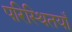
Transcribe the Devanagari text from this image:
परिस्थितयाँ